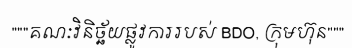
"""គណៈវិនិច្ឆ័យផ្លូវការរបស់ BDO, ក្រុមហ៊ុន"""